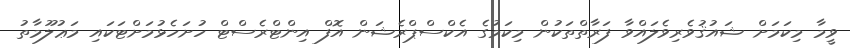
ވީމާ މިކަމަށް ޝައުޤުވެރިވެލައްވާ ފަރާތްތަކުން މިކަމުގެ އެކްސްޕްރެޝަން އޮފް އިންޓްރެސްޓް ހުށަހެޅުމަށްޓަކައި މަޢުލޫމާތު